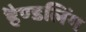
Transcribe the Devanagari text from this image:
हैण्डलिंग